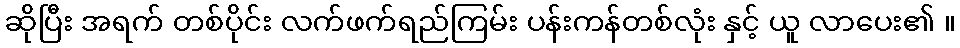
ဆိုပြီး အရက် တစ်ပိုင်း လက်ဖက်ရည်ကြမ်း ပန်းကန်တစ်လုံး နှင့် ယူ လာပေး၏ ။